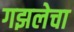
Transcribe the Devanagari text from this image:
गझलेचा